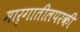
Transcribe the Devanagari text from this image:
मार्गातीलपरकी